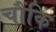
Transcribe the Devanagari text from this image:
चौंकि